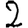
Digit: 2